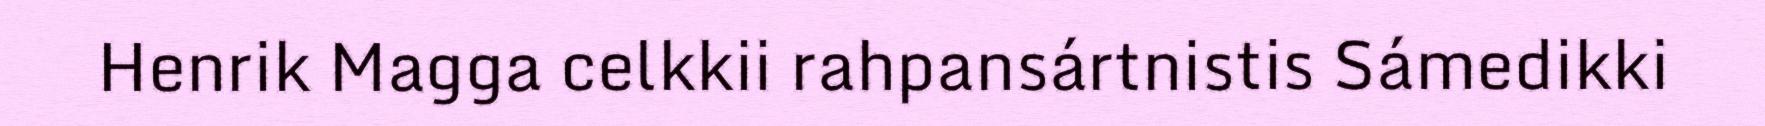
Henrik Magga celkkii rahpansártnistis Sámedikki